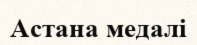
Астана медалі